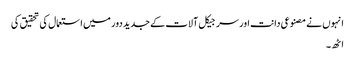
انہوں نے مصنوعی دانت اور سرجیکل آلات کے جدید دور میں استعمال کی تحقیق کی
اٹھ۔